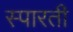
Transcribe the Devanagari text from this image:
स्पारती